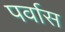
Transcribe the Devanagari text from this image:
पर्वास